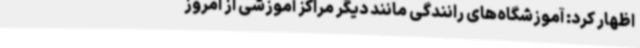
اظهار کرد: آموزشگاه‌های رانندگی مانند دیگر مراکز آموزشی از امروز